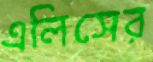
এলিসের